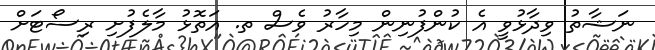
ނަޝާތު ވިދާޅުވީ އެ ކުންފުނިން މިހާރު ވެސް ތ. އަތޮޅު މާލެފުށި ރިސޯޓަށް